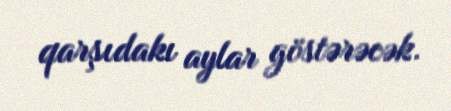
qarşıdakı aylar göstərəcək.